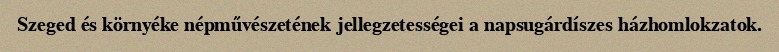
Szeged és környéke népművészetének jellegzetességei a napsugárdíszes házhomlokzatok.